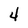
Character: 4